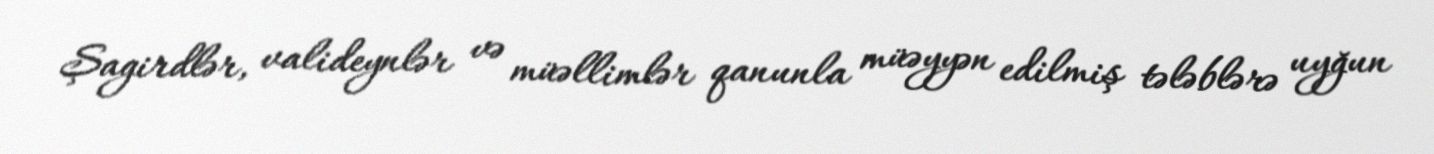
Şagirdlər, valideynlər və müəllimlər qanunla müəyyən edilmiş tələblərə uyğun